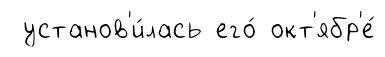
установ'и́лась его́ окт'ябр'е́